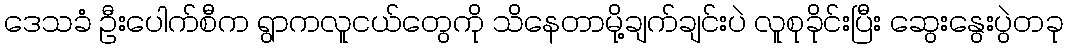
ဒေသခံ ဦးပေါက်စီက ရွာကလူငယ်တွေကို သိနေတာမို့ချက်ချင်းပဲ လူစုခိုင်းပြီး ဆွေးနွေးပွဲတခု